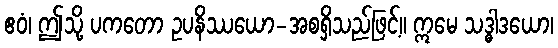
ဧဝံ၊ ဤသို့ ပကတော ဥပနိဿယော-အစရှိသည်ဖြင့်။ ဣမေ သဒ္ဓါဒယော၊